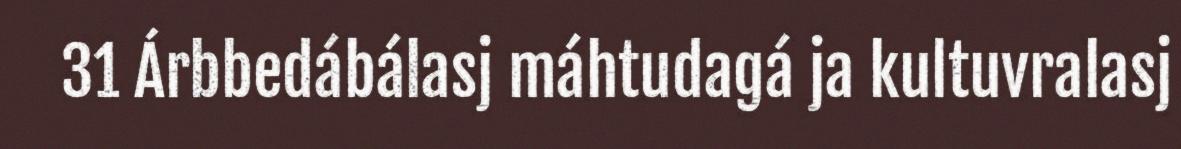
31 Árbbedábálasj máhtudagá ja kultuvralasj